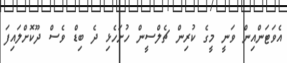
އެވަޓަންއިން ވަނީ މީގެ ކުރިން ޗެލްސީން ހުށަހެޅި ދެ ބިޑް ވެސް ދޫކޮށްލައިފަ